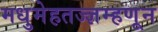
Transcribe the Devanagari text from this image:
मधुमेहतज्ज्ञम्हणून